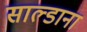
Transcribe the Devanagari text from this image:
साल्डाना